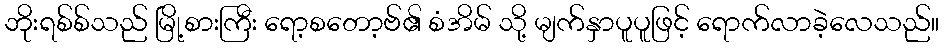
ဘိုးရစ်စ်သည် မြို့စားကြီး ရော့စတော့ဗ်၏ စံအိမ် သို့ မျက်နှာပူပူဖြင့် ရောက်လာခဲ့လေသည်။